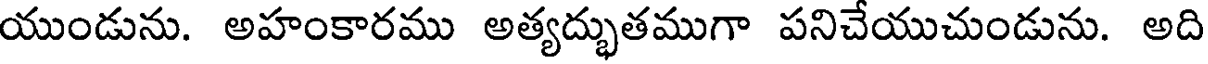
యుండును. అహంకారము అత్యద్భుతముగా పనిచేయుచుండును. అది